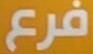
فرع